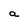
Character: a